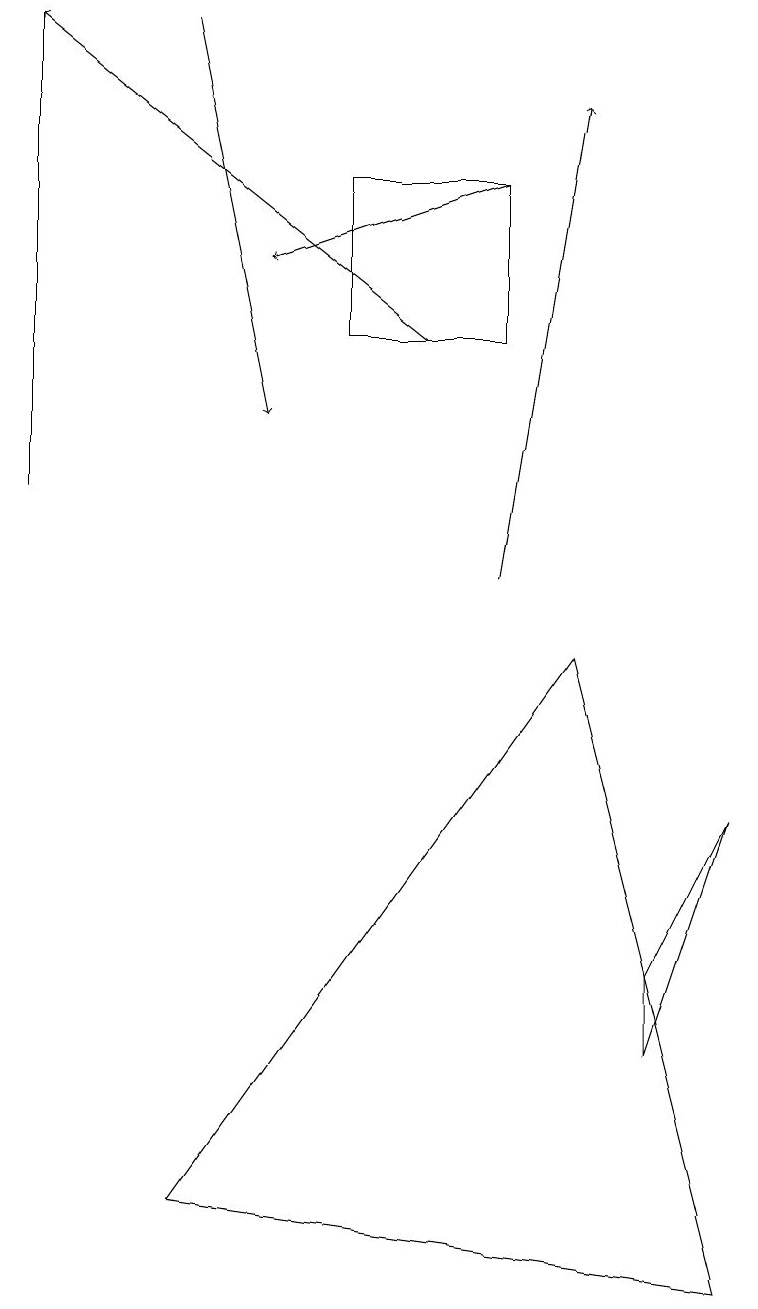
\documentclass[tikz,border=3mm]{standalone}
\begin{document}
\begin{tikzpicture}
\draw[->] (5,13) -- (0,17);
\draw[->] (2,17) -- (3,12);
\draw[->] (6,10) -- (7,16);
\draw (2,2) -- (7,9) -- (9,1) -- cycle;
\draw[->] (6,15) -- (3,14);
\draw (8,4) -- (8,5) -- (9,7) -- cycle;
\draw (4,15) rectangle (6,13);
\draw (0,17) rectangle (0,11);
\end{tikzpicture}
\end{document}